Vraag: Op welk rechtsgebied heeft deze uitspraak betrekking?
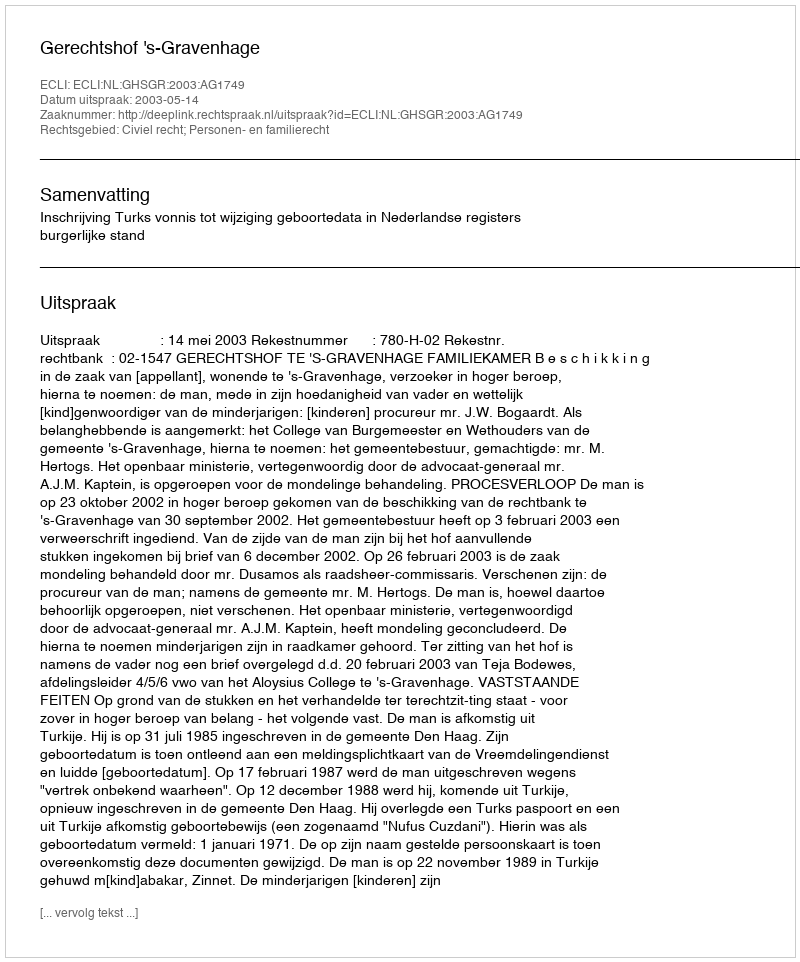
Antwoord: Civiel recht; Personen- en familierecht